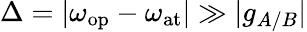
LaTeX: \Delta=|\omega_{\mathrm{op}}-\omega_{\mathrm{at}}|\gg|g_{A/B}|